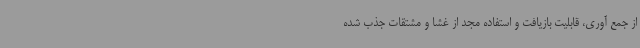
از جمع آوری، قابلیت بازیافت و استفاده مجد از غشا و مشتقات جذب شده